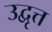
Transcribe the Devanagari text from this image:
उद्वृत्त